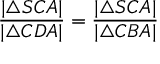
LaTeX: { \frac { | \triangle S C A | } { | \triangle C D A | } } = { \frac { | \triangle S C A | } { | \triangle C B A | } }